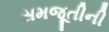
સમજૂતીની